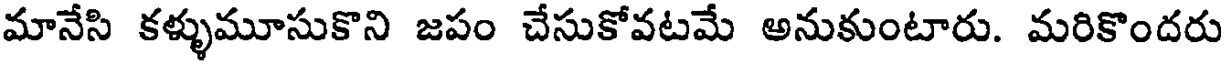
మానేసి కళ్ళుమూసుకొని జపం చేసుకోవటమే అనుకుంటారు. మరికొందరు